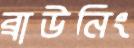
ব্রাউনিং